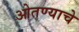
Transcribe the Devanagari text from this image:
ओतण्याचे